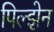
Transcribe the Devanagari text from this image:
पिल्झेन